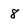
Character: 8